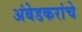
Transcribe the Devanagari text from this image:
अंबेडकरांचे